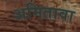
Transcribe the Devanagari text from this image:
अमितावा